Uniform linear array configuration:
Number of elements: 16
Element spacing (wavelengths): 0.75
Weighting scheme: hamming
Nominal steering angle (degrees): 0
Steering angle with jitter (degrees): -1.526
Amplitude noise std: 0.05
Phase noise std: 0.05

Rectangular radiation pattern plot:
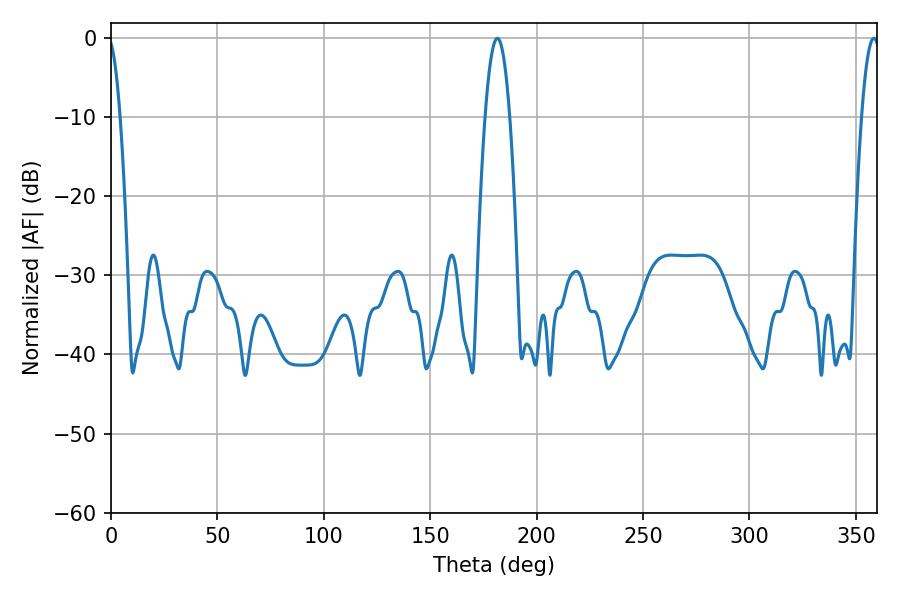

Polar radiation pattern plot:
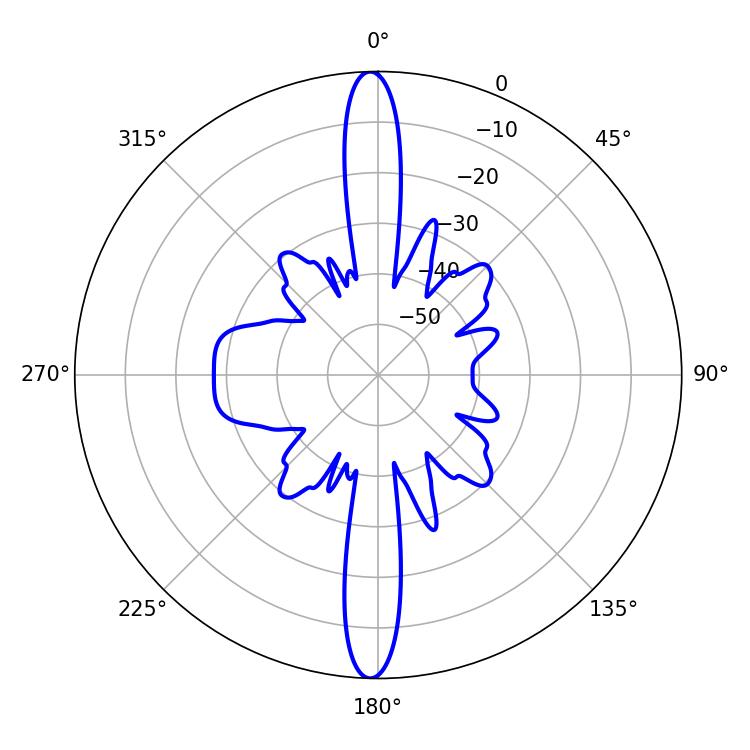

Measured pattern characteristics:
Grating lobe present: TRUE
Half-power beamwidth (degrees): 6.3
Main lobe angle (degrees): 181.62